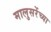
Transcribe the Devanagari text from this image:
मालुसरेंच्या